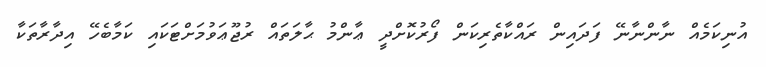
އުނިކަމެއް ނާންނާނޭ ފަދައިން ރައްކާތެރިކަން ފޯރުކޮށްދީ ޢާންމު ޙާލަތައް ރުޖޫޢަވުމަށްޓަކައި ކަމާބެހޭ އިދާރާތަކާ